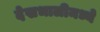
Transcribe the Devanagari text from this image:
देखभालीमध्ये